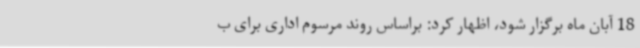
18 آبان ماه برگزار شود، اظهار کرد: براساس روند مرسوم اداری برای ب